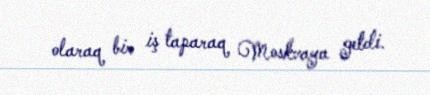
olaraq bir iş taparaq Moskvaya getdi.